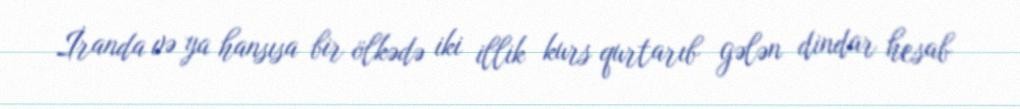
İranda və ya hansısa bir ölkədə iki illik kurs qurtarıb gələn dindar hesab